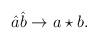
LaTeX: \begin{align*}\hat{a}\hat{b} \rightarrow a\star b. \end{align*}